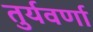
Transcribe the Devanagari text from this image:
तुर्यवर्णा